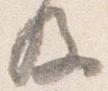
及